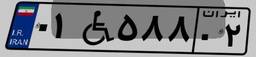
۸۰W۰۷۷۶۹